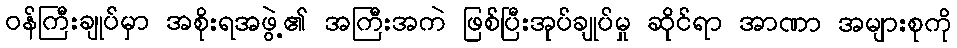
ဝန်ကြီးချုပ်မှာ အစိုးရအဖွဲ့၏ အကြီးအကဲ ဖြစ်ပြီးအုပ်ချုပ်မှု ဆိုင်ရာ အာဏာ အများစုကို